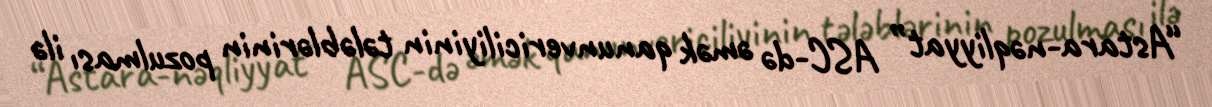
“Astara-nəqliyyat” ASC-də əmək qanunvericiliyinin tələblərinin pozulması ilə